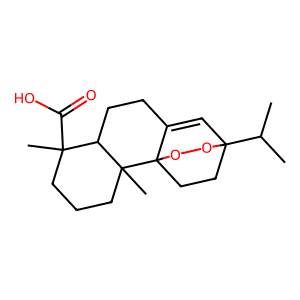
SMILES: CC(C)C12C=C3CCC4C(C)(C(=O)O)CCCC4(C)C3(CC1)OO2
Inhibits HIV replication: No